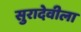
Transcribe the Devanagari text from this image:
सुरादेवीला